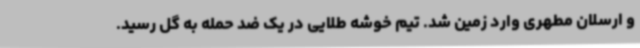
و ارسلان مطهری وارد زمین شد. تیم خوشه طلایی در یک ضد حمله به گل رسید.